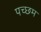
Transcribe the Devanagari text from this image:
पच्छम